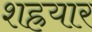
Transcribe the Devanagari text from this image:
शह्रयार